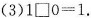
(3)$$1\square 0=1$$